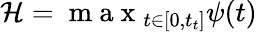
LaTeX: \mathcal{H}=\mathrm{~m~a~x~}_{t\in[0,t_{t}]}\psi(t)